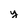
Character: y